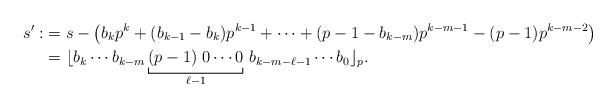
LaTeX: \begin{align*} s' :&=s-\big(b_kp^k+(b_{k-1}-b_k)p^{k-1}+\cdots+(p-1-b_{k-m})p^{k-m-1}-(p-1)p^{k-m-2}\big)\\&= \lfloor b_k \cdots b_{k-m} \underbracket[0.1ex]{(p-1)\; 0 \cdots 0}_{\ell-1} \, b_{k-m-\ell-1} \cdots b_0\rfloor_p.\end{align*}